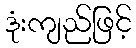
ဒုံးကျည်ဖြင့်